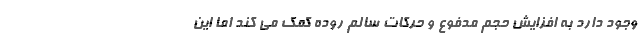
وجود دارد به افزایش حجم مدفوع و حرکات سالم روده کمک می کند اما این